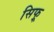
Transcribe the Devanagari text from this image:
सिफ्र्